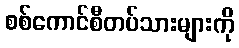
စစ်ကောင်စီတပ်သားများကို